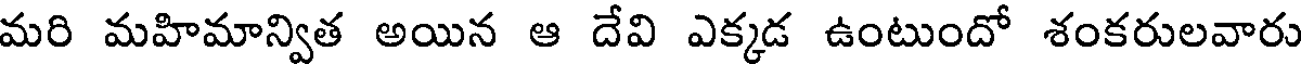
మరి మహిమాన్విత అయిన ఆ దేవి ఎక్కడ ఉంటుందో శంకరులవారు